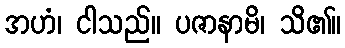
အဟံ၊ ငါသည်။ ပဇာနာမိ၊ သိ၏။